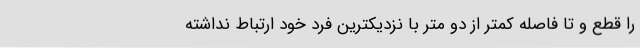
را قطع و تا فاصله کمتر از دو متر با نزدیکترین فرد خود ارتباط نداشته